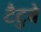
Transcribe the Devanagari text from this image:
टैटुवे